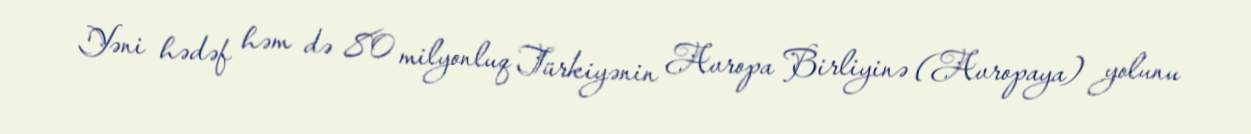
Yəni hədəf həm də 80 milyonluq Türkiyənin Avropa Birliyinə (Avropaya) yolunu